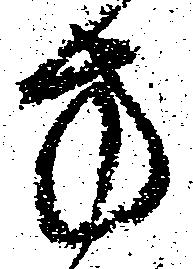
方